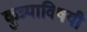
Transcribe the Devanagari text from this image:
कुत्र्याविषयी